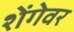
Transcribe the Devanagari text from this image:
शेंगेवर